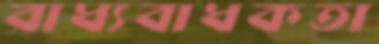
বাধ্যবাধকতা